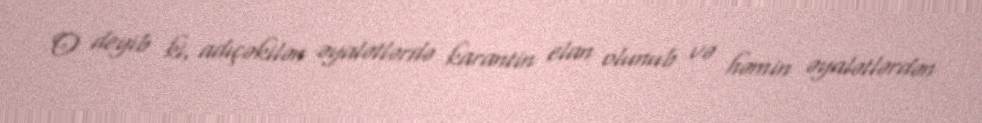
O deyib ki, adıçəkilən əyalətlərdə karantin elan olunub və həmin əyalətlərdən